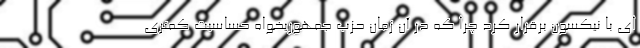
ای با نیکسون برقرار کرد چرا که در آن زمان حزب جمهوریخواه حساسیت کمتری